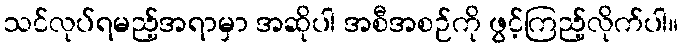
သင်လုပ်ရမည့်အရာမှာ အဆိုပါ အစီအစဉ်ကို ဖွင့်ကြည့်လိုက်ပါ။